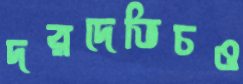
দরদেভিচও